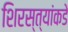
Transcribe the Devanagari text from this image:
शिरस्त्यांकडे